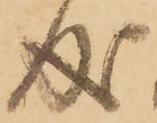
成